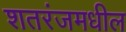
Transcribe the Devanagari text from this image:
शतरंजमधील